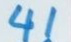
41